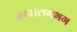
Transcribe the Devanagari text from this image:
गया।लगभग